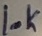
Text: 10K